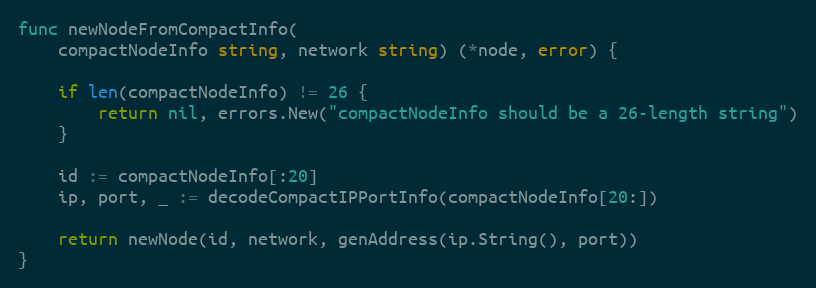
Language: Go
func newNodeFromCompactInfo(
	compactNodeInfo string, network string) (*node, error) {

	if len(compactNodeInfo) != 26 {
		return nil, errors.New("compactNodeInfo should be a 26-length string")
	}

	id := compactNodeInfo[:20]
	ip, port, _ := decodeCompactIPPortInfo(compactNodeInfo[20:])

	return newNode(id, network, genAddress(ip.String(), port))
}